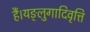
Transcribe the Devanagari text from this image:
हैं।यङ्लुगादिवृत्ति